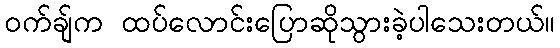
ဝက်ချ်က ထပ်လောင်းပြောဆိုသွားခဲ့ပါသေးတယ်။